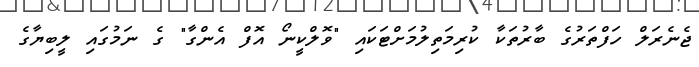
ޖެނެރަލް ހަފްތަރުގެ ބާރުތަކާ ކުރިމަތިލުމަށްޓަކައި "ވޮލްކީނޯ އޮފް އެންގާ" ގެ ނަމުގައި ލީބިޔާގެ